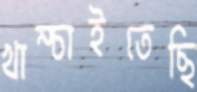
খাম্‌চাইতেছি